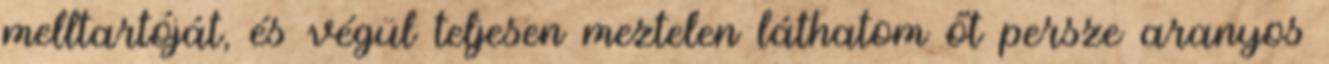
melltartóját, és végül teljesen meztelen láthatom őt persze aranyos